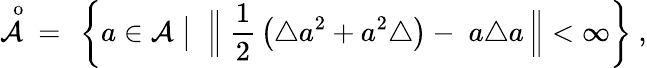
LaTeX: \displaystyle\mathop{{\mathcal A}}^{\; \, \mathrm{o}}\ =\ \left\{ a\in{\mathcal A}\bigm|\; \Big\| \ \frac 12\, \left(\triangle a^{2}+a^{2}\triangle\right)-\; a\triangle a\, \Big\| <\infty\right\} \ ,